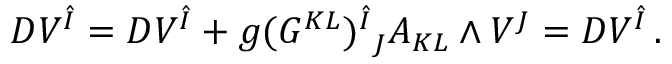
D V ^ { \hat { I } } = { \cal D } V ^ { \hat { I } } + g ( G ^ { K L } ) _ { ~ J } ^ { \hat { I } } A _ { K L } \wedge V ^ { J } = { \cal D } V ^ { \hat { I } } \, .